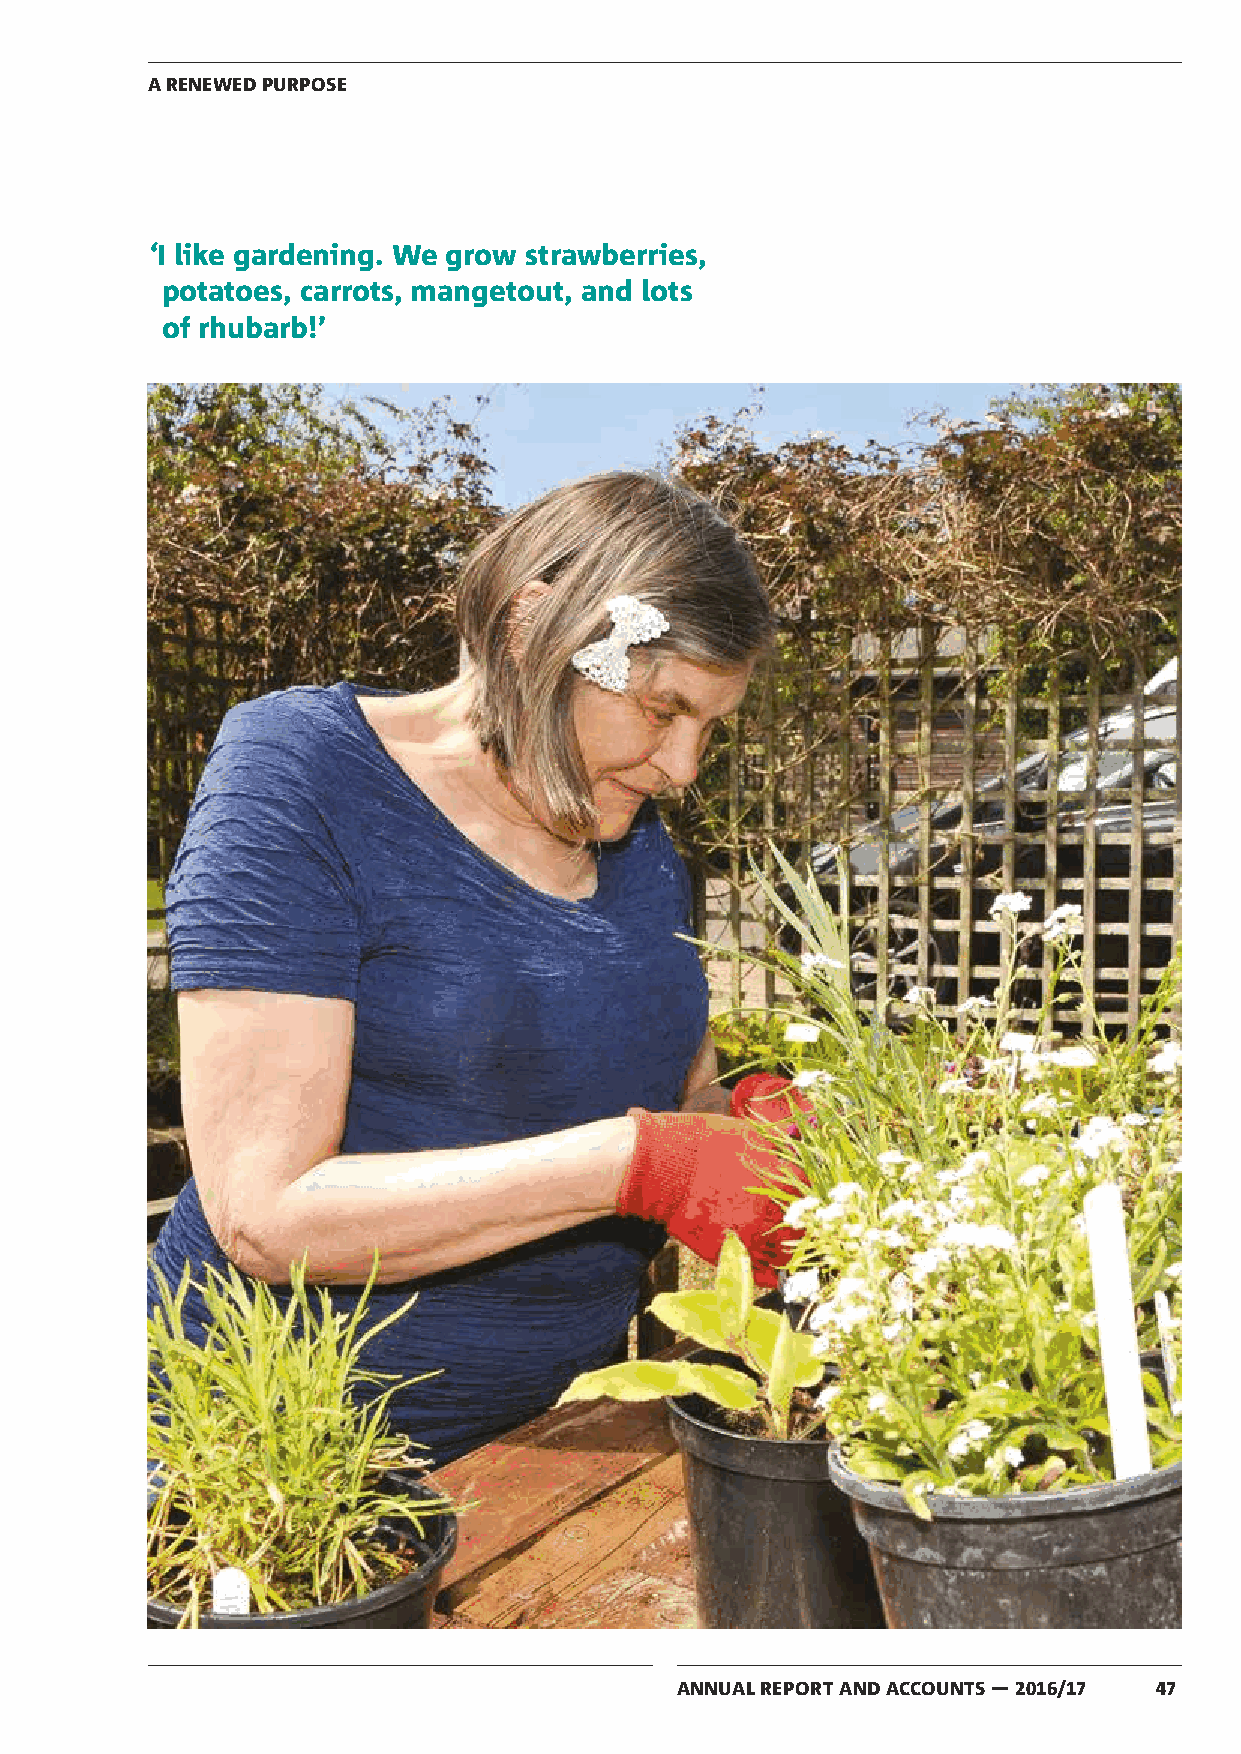
A RENEWED PURPOSE
 ‘I like gardening. We grow strawberries,
 potatoes, carrots, mangetout, and lots
 of rhubarb!’
 ANNUAL REPORT AND ACCOUNTS — 2016/17 47